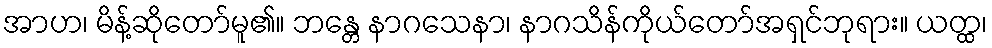
အာဟ၊ မိန့်ဆိုတော်မူ၏။ ဘန္တေ နာဂသေနာ၊ နာဂသိန်ကိုယ်တော်အရှင်ဘုရား။ ယတ္ထ၊